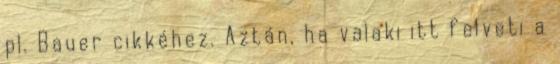
pl. Bauer cikkéhez. Aztán, ha valaki itt felveti a